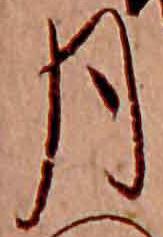
月